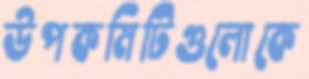
উপকমিটিগুলোকে